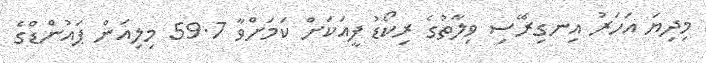
މިދިޔަ އަހަރު އިނގިރޭސި ވިލާތުގެ ރިކޯޑު ފީއަކަށް ކަމަށްވާ 59.7 މިލިއަން ޕައުންޑްގެ